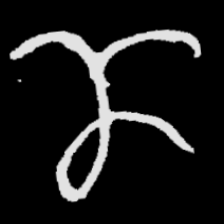
Pyu character \u2014 Myanmar letter: ဏ (romanized: nna)